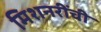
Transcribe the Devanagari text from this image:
मिशनरींची